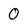
Character: 0